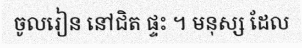
ចូលរៀន នៅជិត ផ្ទះ ។ មនុស្ស ដែល